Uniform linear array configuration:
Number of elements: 12
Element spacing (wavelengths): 0.25
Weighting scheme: uniform
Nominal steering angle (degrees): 15
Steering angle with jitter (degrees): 14.746
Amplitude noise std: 0.05
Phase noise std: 0.05

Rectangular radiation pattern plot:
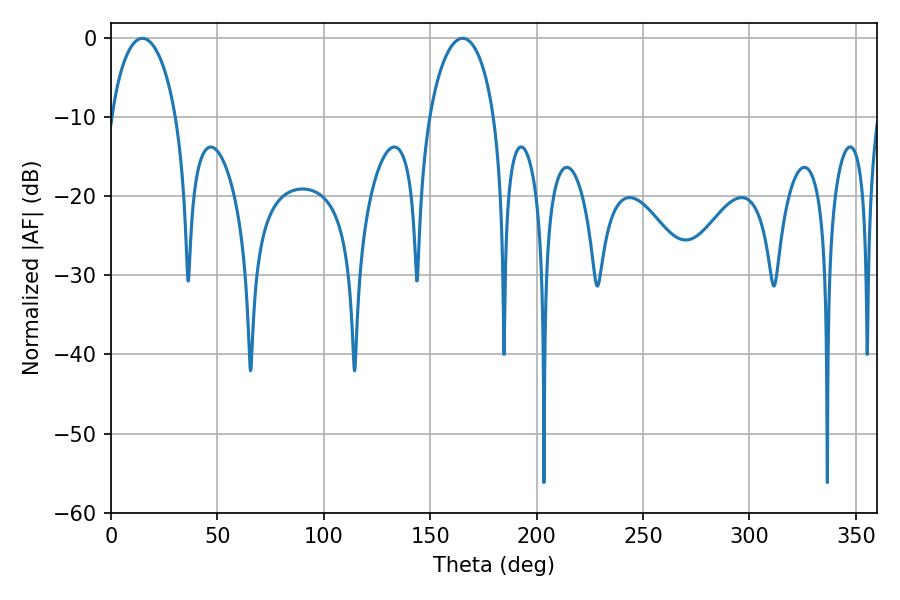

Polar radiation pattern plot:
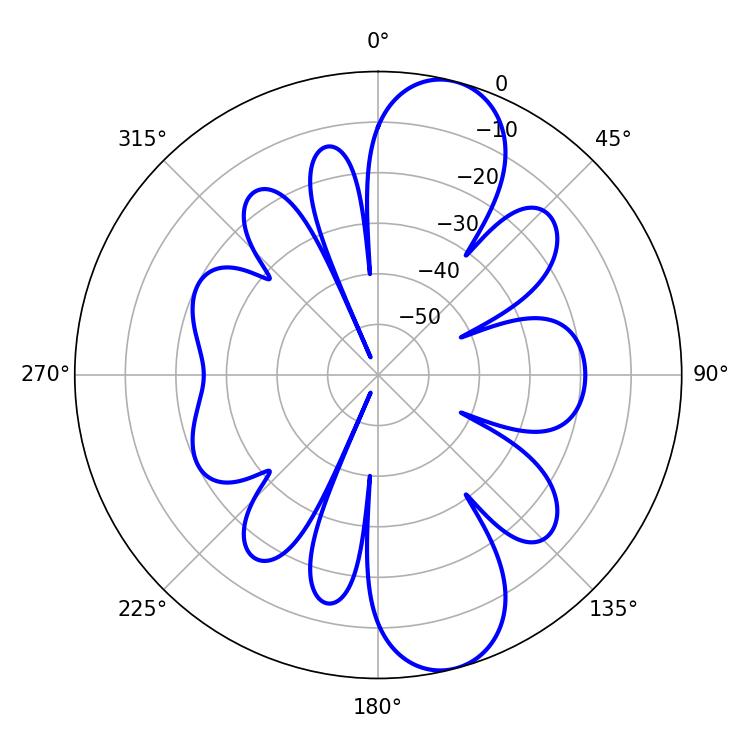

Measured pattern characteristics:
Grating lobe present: FALSE
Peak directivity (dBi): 10.75
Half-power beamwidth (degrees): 17.64
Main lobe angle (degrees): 14.76